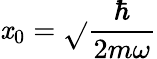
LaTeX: \mathit{x}_{0}={\sqrt{}{{\frac{{\hbar}}{{2m\omega}}}}}